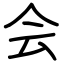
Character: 会